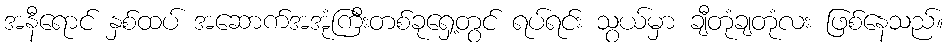
အနီရောင် နှစ်ထပ် အဆောက်အအုံကြီးတစ်ခုရှေ့တွင် ရပ်ရင်း သွယ်မှာ ချီတုံချတုံလး ဖြစ်နေသည်။